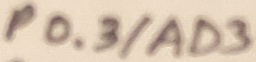
Text: P0.3/AD3